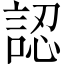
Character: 認